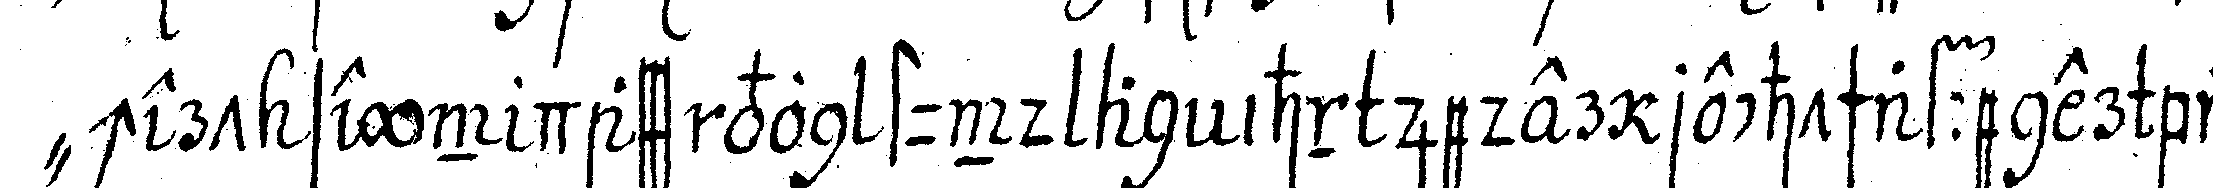
" chert seyn dass von stund an ihn jeder rechtschaffener bru